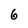
Character: 6